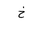
Letter: _kha